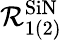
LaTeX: \mathcal{R}_{1(2)}^{\textrm{{SiN}}}